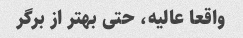
واقعا عالیه، حتی بهتر از برگر